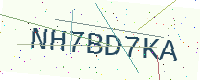
Text: NH7BD7KA